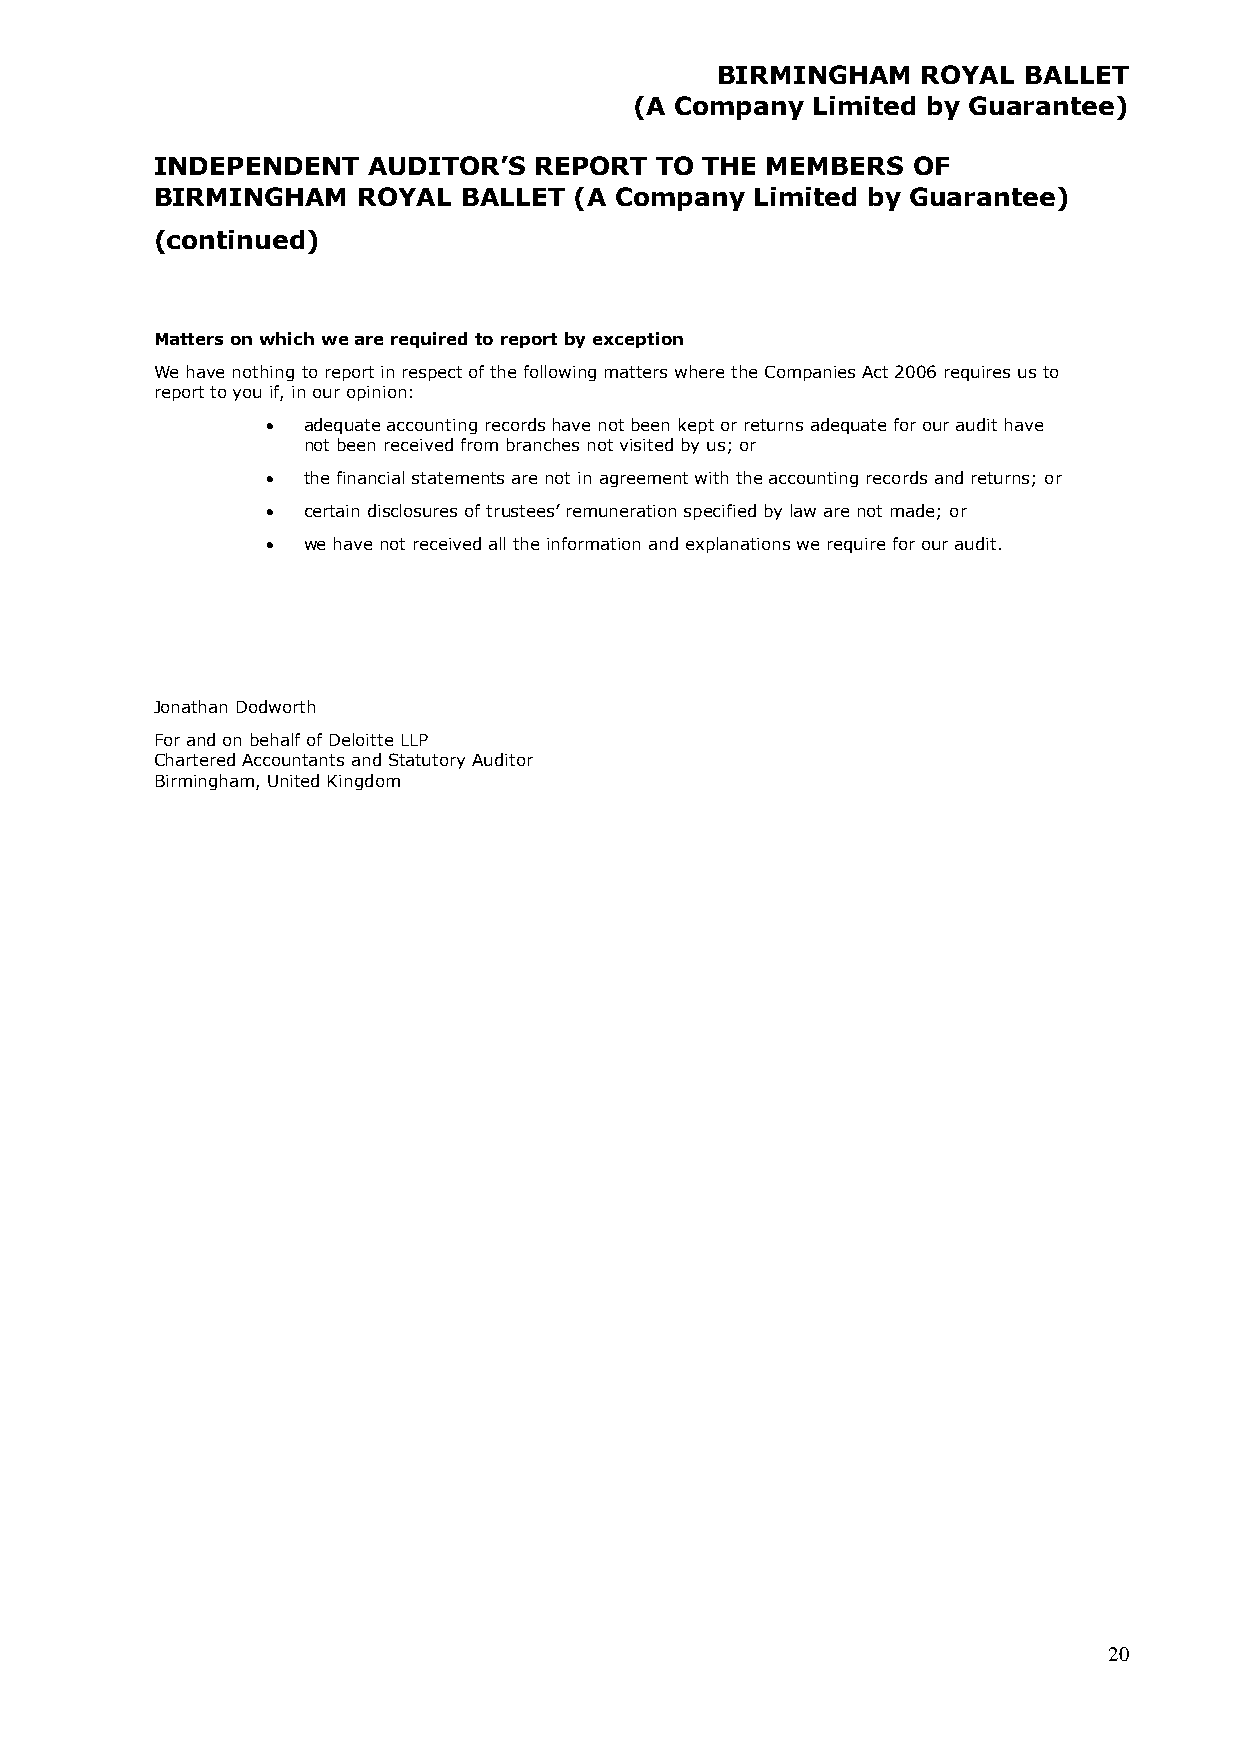
BIRMINGHAM    ROYAL  BALLET
 (A Company  Limited by Guarantee)
 INDEPENDENT   AUDITOR’S  REPORT  TO THE  MEMBERS  OF
 BIRMINGHAM    ROYAL BALLET  (A Company  Limited by Guarantee)
 (continued)
 Matters on which we are required to report by exception
 We have nothing to report in respect of the following matters where the Companies Act 2006 requires us to
 report to you if, in our opinion:
  adequate accounting records have not been kept or returns adequate for our audit have
 not been received from branches not visited by us; or
  the financial statements are not in agreement with the accounting records and returns; or
  certain disclosures of trustees’ remuneration specified by law are not made; or
  we have not received all the information and explanations we require for our audit.
 Jonathan Dodworth
 For and on behalf of Deloitte LLP
 Chartered Accountants and Statutory Auditor
 Birmingham, United Kingdom
 20